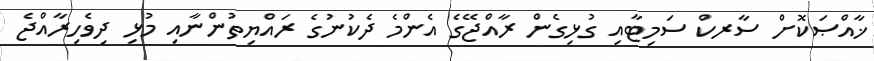
ޚާއްޞަކޮށް ސާރކް ސަމިޓާއި ގުޅިގެން ރާއްޖޭގެ އެންމެ ދެކުނުގެ ރައްޔިތުންނާއި މުޅި ދިވެހިރާއްޖެ